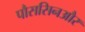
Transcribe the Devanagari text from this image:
पौससिनऔर